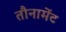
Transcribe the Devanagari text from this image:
तौनामेंट